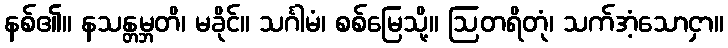
နစ်၏။ နသန္တမ္ဘတိ၊ မခိုင်။ သင်္ဂါမံ၊ စစ်မြေသို့။ ဩတရိတုံ၊ သက်အံ့သောငှာ။